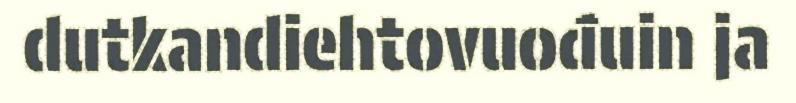
dutkandiehtovuođuin ja